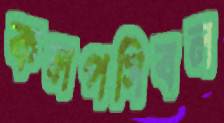
কলপসিবল